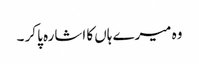
وہ میرے ہاں کا اشارہ پا کر ۔